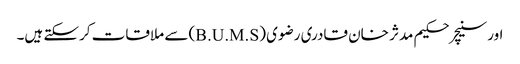
اورسنیچر حکیم مدثر خان قادری رضوی (B.U.M.S) سے ملاقات کرسکتے ہیں۔